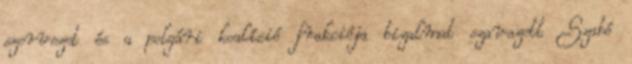
szervezet és a polgári koalíció frakciója bizalmat szavazott Szabó